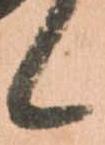
候